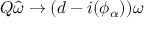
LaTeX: Q \hat { \omega } \to ( d - i ( \phi _ { \alpha } ) ) \omega